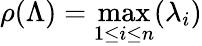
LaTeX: \rho(\Lambda)=\operatorname*{max}_{1\leq i\leq n}(\lambda_{i})